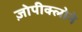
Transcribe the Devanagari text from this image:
ज़ोपीक्लोने